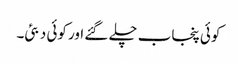
کوئی پنجاب چلے گئے اور کوئی دبئی۔